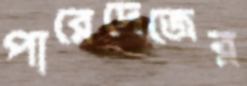
পারেদেজের